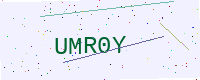
Text: UMR0Y